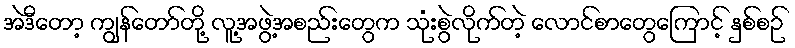
အဲဒီတော့ ကျွန်တော်တို့ လူ့အဖွဲ့အစည်းတွေက သုံးစွဲလိုက်တဲ့ လောင်စာတွေကြောင့် နှစ်စဉ်